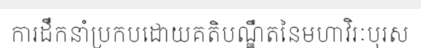
ការដឹកនាំប្រកបដោយគតិបណ្ឌឹតនៃមហាវិរៈបុរស